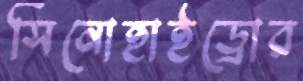
সিনোহাইড্রোর